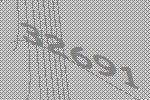
32691